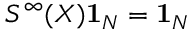
S ^ { \infty } ( X ) \mathbf { 1 } _ { N } = \mathbf { 1 } _ { N }